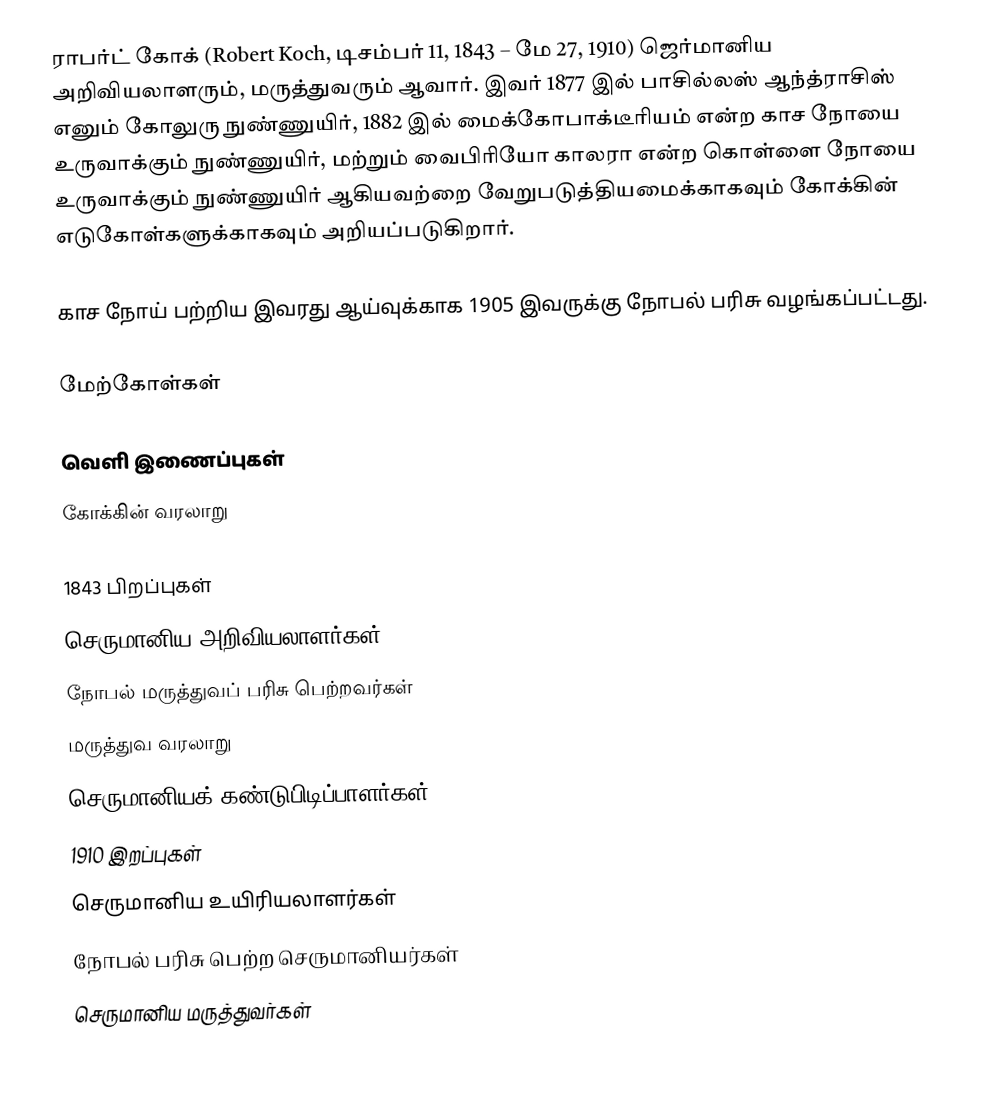
ராபர்ட் கோக் (Robert Koch, டிசம்பர் 11, 1843 – மே 27, 1910) ஜெர்மானிய அறிவியலாளரும், மருத்துவரும் ஆவார். இவர் 1877 இல் பாசில்லஸ் ஆந்த்ராசிஸ் எனும் கோலுரு நுண்ணுயிர், 1882 இல் மைக்கோபாக்டீரியம் என்ற காச நோயை உருவாக்கும் நுண்ணுயிர், மற்றும் வைபிரியோ காலரா என்ற கொள்ளை நோயை உருவாக்கும் நுண்ணுயிர் ஆகியவற்றை வேறுபடுத்தியமைக்காகவும் கோக்கின் எடுகோள்களுக்காகவும் அறியப்படுகிறார்.

காச நோய் பற்றிய இவரது ஆய்வுக்காக 1905 இவருக்கு நோபல் பரிசு வழங்கப்பட்டது.

மேற்கோள்கள்

வெளி இணைப்புகள்
 கோக்கின் வரலாறு

1843 பிறப்புகள்
செருமானிய அறிவியலாளர்கள்
நோபல் மருத்துவப் பரிசு பெற்றவர்கள்
மருத்துவ வரலாறு
செருமானியக் கண்டுபிடிப்பாளர்கள்
1910 இறப்புகள்
செருமானிய உயிரியலாளர்கள்
நோபல் பரிசு பெற்ற செருமானியர்கள்
செருமானிய மருத்துவர்கள்